Report on vaccination in Madras 1922-1929 - 1922-1929
Year: 1922
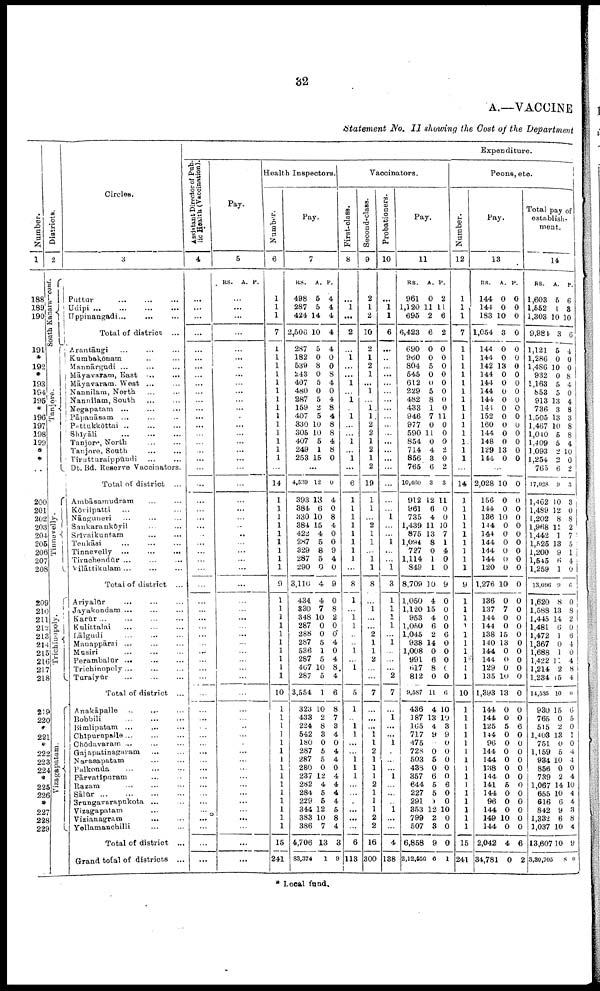
32
A.—VACCINE
Statement No. II showing the Cost of the Department
Number.
1
188
189
190
191
*
192
*
193
194
195
*
196
197
198
199
*
*
..
200
201
202
203
204
205
206
207
208
209
210
211
212
213
214
215
216
217
218
219
220
*
221
*
222
223
224
*
225
226
*
227
228
229
Districts.
2
South Kanara—cont.
Tanjore.
Tinnevelly.
Trichinopoly.
Vizagapatam.
Circles.
3
Puttur
...
...
...
Udipi
...
...
...
...
Uppinangadi... ... ...
Total of district ...
Arantāngi ... ... ...
Kumbakōnam ... ...
Mannārgudi ... ... ...
Māyavaram, East ...
...
Māyavaram, West ... ...
Nannilam, North ... ...
Nannilam, South ... ...
Negapatam ... ... ...
Pāpanāsam ... ... ...
Pattukkōttai
...
...
...
Shīyāli
...
...
...
Tanjore, North ... ...
Tanjore, South
...
...
Tirutturaippūndi ... ...
Dt. Bd. Reserve Vaccinators.
Total of district ...
Ambāsamudram ... ...
Kōvilpatti ... ...
Nānguneri ... ... ...
Sankarankōyil ... ...
Srīvaikuntam ... ...
Tenkāsi ... ... ...
Tinnevelly ...
...
...
Tiruchendūr ... ... ...
Vilāttikulam ... ... ...
Total of district ...
Ariyalūr ... ... ...
Jayakondam ... ... ...
Karūr ... ... ...
Kulittalai ... ... ...
Lālgudi
...
...
...
Manappārai ... ... ...
Musiri ... ... ...
Perambalūr ... ... ...
Trichinopoly ... ... ...
Turaiyūr
...
...
...
Total of district ...
Anakāpalle
...
...
...
Bobbili
...
...
...
Bimlipatam ... ... ...
Chīpurnpalle
...
...
...
Chōdavaram ... ... ...
Gajapatinagaram ... ...
Narasapatam ... ...
Palkonda ... ... ...
Pārvatīpuram ... ...
Razam
...
...
...
Sālūr
... ... ... ...
Srungavarapukota ... ...
Vizagapatam ... ...
Vizianagram
...
...
Yellamanchilli
...
...
Total of district ...
Grand total of districts ...
Expenditure.
Assistant Director of Pub
lic Health (Vaccination).
4
...
...
...
...
...
...
...
...
...
...
...
...
...
...
...
...
...
...
...
...
...
...
...
...
...
...
...
...
...
...
...
...
...
...
...
...
...
...
...
...
...
...
...
...
...
...
...
...
...
...
...
...
...
...
...
...
...
...
Pay.
5
RS. A. P.
...
...
...
...
...
...
...
...
...
...
...
...
...
...
...
...
...
...
...
...
...
...
...
...
...
...
...
...
...
...
...
...
...
...
...
...
...
...
...
...
...
...
...
...
...
...
...
...
...
...
...
...
...
...
...
...
...
...
Health Inspectors.
Number.
6
1
1
1
7
1
1
1
1
1
1
1
1
1
1
1
1
1
1
1
14
1
1
1
1
1
1
1
1
1
9
1
1
1
1
1
1
1
1
1
1
10
1
1
1
1
1
1
1
1
1
1
1
1
1
1
1
15
241
Pay.
7
RS.
498
287
424
2,506
287
182
539
243
407
480
287
159
407
330
305
407
249
253
A.
5
5
14
10
5
0
8
0
5
0
5
2
5
10
10
5
1
15
P.
4
4
4
4
4
0
0
8
4
0
4
8
4
8
8
4
8
0
...
4,539
393
384
330
384
422
287
329
287
290
3,110
434
330
348
287
288
287
536
287
467
287
3,554
323
433
224
542
180
287
287
280
237
282
284
229
344
383
386
4,706
83,374
12
13
6
10
15
4
5
8
5
0
4
4
7
10
0
0
5
1
5
10
5
1
10
2
8
3
0
5
5
0
12
4
5
5
12
10
7
13
1
0
4
0
8
4
0
0
9
4
0
9
0
8
2
0
0
4
0
4
8
4
6
8
7
3
4
0
4
4
0
4
4
4
4
5
8
4
3
9
Vaccinators.
First-class.
8
...
1
...
2
...
1
...
...
1
...
1
...
1
...
...
1
...
1
...
6
1
1
1
1
1
1
1
1
...
8
1
...
1
1
...
...
1
...
1
...
5
1
...
1
1
...
...
1
1
1
...
...
...
...
...
...
6
113
Second-class.
9
2
1
2
10
2
1
2
1
...
1
...
1 1
2
2
1
2
1
2
19
1
1
...
2
1
1
...
1
1
8
...
1
...
...
2
1
1
2
...
...
7
...
...
...
1
1
2
1
1
1
2
1
1
1
2
2
16
300
Probationers.
10
...
1
1
6
...
...
...
...
...
...
...
...
...
...
...
...
...
...
...
...
...
...
1
...
...
1
...
...
1
3
1
1
...
1
...
1
...
...
...
2
7
...
1
...
...
1
...
...
...
1
...
...
...
1
...
...
4
138
Pay.
11
RS.
961
1,120
695
6,423
690
960
804
545
612
229
482
433
946
977
590
854
714
856
765
10,460
912
961
735
1,439
875
1,094
727
1,114
849
8,709
1,050
1,120
953
1,050
1,045
938
1,008
991
617
812
9,587
436
187
165
717
475
728
503
438
357
644
227
291
353
799
507
6,858
2,12,550
A.
0
11
2
6
0
0
5
0
0
5
8
1
7
0
11
0
4
3
6
3
12
6
4
11
13
8
0
1
1
10
4
15
4
6
2
14
0
6
8
0
11
4
13
4
9
... 0
5
0
6
5
5
0
12
2
3
9
0
P.
2
11
6
2
0
0
0
0
0
0
0
0
11
0
0
0
2
0
2
3
11
0
0
10
7
1
4
0
0
9
0
0
0
0
6
0
0
0
0
0
6
10
10
3
9
0
0
0
0
0
6
0
0
10
0
0
0
1
Peons, etc.
Number.
12
1
1
1
7
1
1
1
1
1
1
1
1
1
1
1
1
1
1
...
14
1
1
1
1
1
1
1
1
1
9
1
1
1
1
1
1
1
1
1
1
10
1
1
1
1
1
1
1
1
1
1
1
1
1
1
1
15
241
Pay.
13
RS.
144
144
183
1,054
144
144
142
144
144
144
144
144
152
160
144
148
129
144
A.
0
0
10
3
0
0
13
0
0
0
0
0
0
0
0
0
13
0
P.
0
0
0
0
0
0
0
0
0
0
0
0
0
0
0
0
0
0
...
2,028
156
144
136
144
144
144
144
144
120
1,276
136
137
144
144
138
140
144
144
129
135
1,393
144
144
125
144
96
144
144
138
144
141
144
96
144
149
144
2,042
34,781
10
0
0
10
0
0
0
0
0
0
10
0
7
0
0
15
13
0
0
0
10
13
0
0
5
0
0
0
0
0
0
5
0
0
0
10
0
4
0
0
0
0
0
0
0
0
0
0
0
0
0
0
0
0
0
0
0
0
0
0
0
0
0
6
0
0
0
0
0
0
0
0
0
0
0
0
6
2
Total pay of
establish
ment.
14
RS.
1,603
1,552
1,303
9,984
1,121
1,286
1,486
932
1,163
853
913
736
1,505
1,467
1,040
1,409
1,093
1,254
765
17,028
1,462
1,489
1,202
1,968
1,442
1,525
1,200
1,545
1,259
13,096
1,620
1,588
1,445
1,481
1,472
1,367
1,688
1,422
1,214
1,234
14,535
930
765
515
1,403
751
1,159
934
856
739
1,067
655
616
842
1,332
1,037
13,607
3,30,705
A.
5
1
10
3
5
0
10
0
5
5
13
3
13
10
5
5
2
2
6
9
10
12
8
11
1
13
9
6
1
9
8
13
14
6
1
0
1
11
2
15
10
15
0
2
13
0
5
10
0
2
14
10
6
9
6
10
10
8
P.
6
3
10
6
4
0
0
8
4
0
4
8
3
8
8
4
10
0
2
3
3
0
8
2
7
5
1
4
0
6
0
8
2
0
6
4
0
4
8
4
11
6
5
0
1
0
4
4
0
4
10
4
4
3
8
4
9
0
* Local fund.